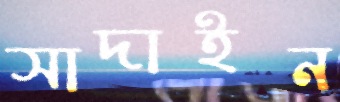
সাদাইন